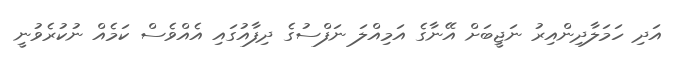
އަދި ހަމަލާދިންއިރު ނަޖީބަށް އޭނާގެ އަމިއްލަ ނަފްސުގެ ދިފާއުގައި އެއްވެސް ކަމެއް ނުކުރެވުނީ